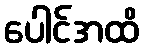
ပေါင်အထိ